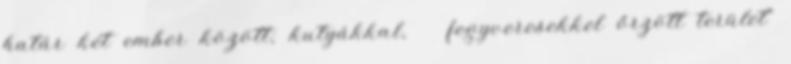
határ két ember között; kutyákkal, fegyveresekkel őrzött terület”